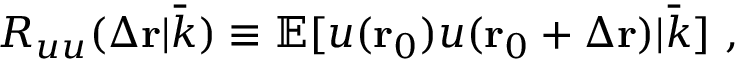
R _ { u u } ( \Delta \mathbf { r } | \bar { k } ) \equiv \mathbb { E } [ u ( \mathbf { r } _ { 0 } ) u ( \mathbf { r } _ { 0 } + \Delta \mathbf { r } ) | \bar { k } ] \ ,